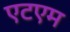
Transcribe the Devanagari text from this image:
एटएम